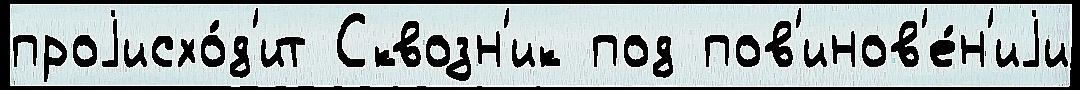
проjисхо́д'ит Сквозн'ик под пов'инов'е́н'иjи